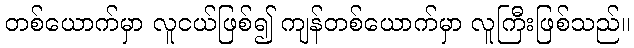
တစ်ယောက်မှာ လူငယ်ဖြစ်၍ ကျန်တစ်ယောက်မှာ လူကြီးဖြစ်သည်။